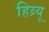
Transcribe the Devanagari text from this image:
हिब्र्यू